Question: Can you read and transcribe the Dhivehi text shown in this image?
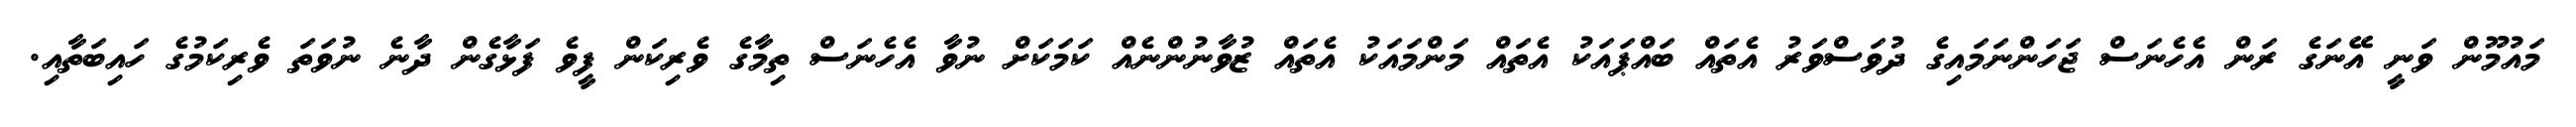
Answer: މައުމޫން ވަނީ އޭނަގެ ރަން އެހެނަސް ޖަހަންނަމައިގެ ދުވަސްވަރު އެތައް ބައްޕައަކު އެތައް މަންމައަކު އެތައް ޒުވާނުންނެއް ކަމަކަށް ނުވާ އެހެނަސް ތިމާގެ ވެރިކަން ފީވެ ފަޅާގެން ދާނެ ނުވަތަ ވެރިކަމުގެ ހައިބަތާއި.